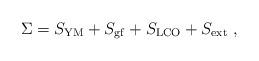
LaTeX: \begin{align*}\Sigma =S_{\mathrm{YM}}+S_{\mathrm{gf}}+S_{\mathrm{LCO}}+S_{\mathrm{ext}}\;,\end{align*}